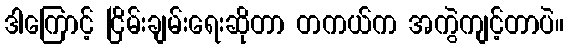
ဒါကြောင့် ငြိမ်းချမ်းရေးဆိုတာ တကယ်က အကွဲကျင့်တာပဲ။